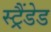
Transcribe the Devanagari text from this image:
स्ट्रैंडेड